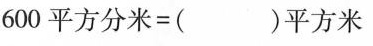
600平方分米=()平方米